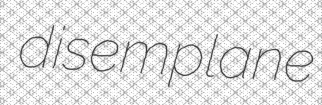
disemplane